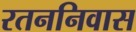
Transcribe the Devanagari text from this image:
रतननिवास